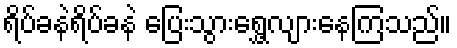
ရိပ်ခနဲရိပ်ခနဲ ပြေးသွားရွှေ့လျားနေကြသည်။